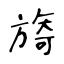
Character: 旖